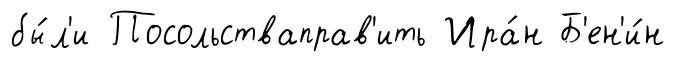
бы́л'и Посольстваправ'ить Ира́н Б'ен'и́н